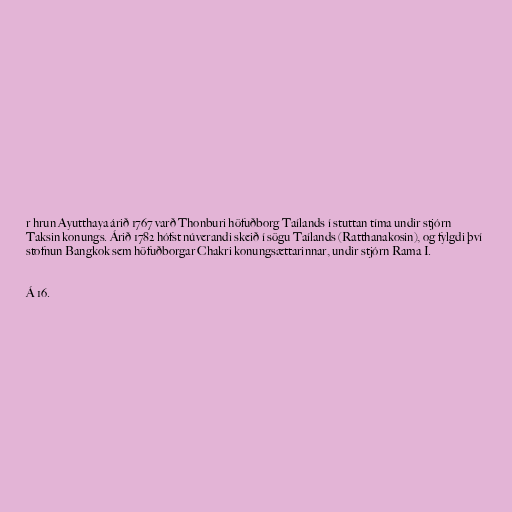
r hrun Ayutthaya árið 1767 varð Thonburi höfuðborg Taílands í stuttan tíma undir stjórn
Taksin konungs. Árið 1782 hófst núverandi skeið í sögu Taílands (Ratthanakosin), og fylgdi því
stofnun Bangkok sem höfuðborgar Chakri konungsættarinnar, undir stjórn Rama I.

Á 16.